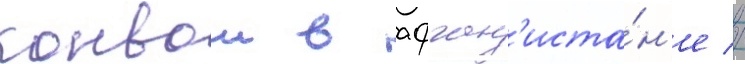
конвои в афган'иста́н'е //